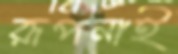
রূপনাই